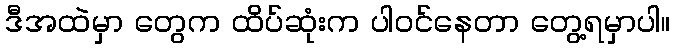
ဒီအထဲမှာ တွေက ထိပ်ဆုံးက ပါဝင်နေတာ တွေ့ရမှာပါ။